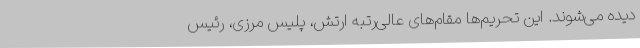
دیده می‌شوند. این تحریم‌ها مقام‌های عالی‌رتبه ارتش، پلیس مرزی، رئیس